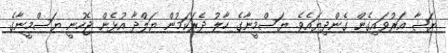
ޔަޝާ އަރުވައިގެން ގެންދިޔައެވެ. ޔަސްމީނާގެ ހާލު ދެރަކަމުން ޔަލްދާ އުޅެން ޖެހުނީ ޔަސްމީނާގެ